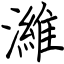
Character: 濰